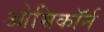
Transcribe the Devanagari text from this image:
ओम्रिकॉर्न